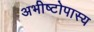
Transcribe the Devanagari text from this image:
अभीष्टोपास्य